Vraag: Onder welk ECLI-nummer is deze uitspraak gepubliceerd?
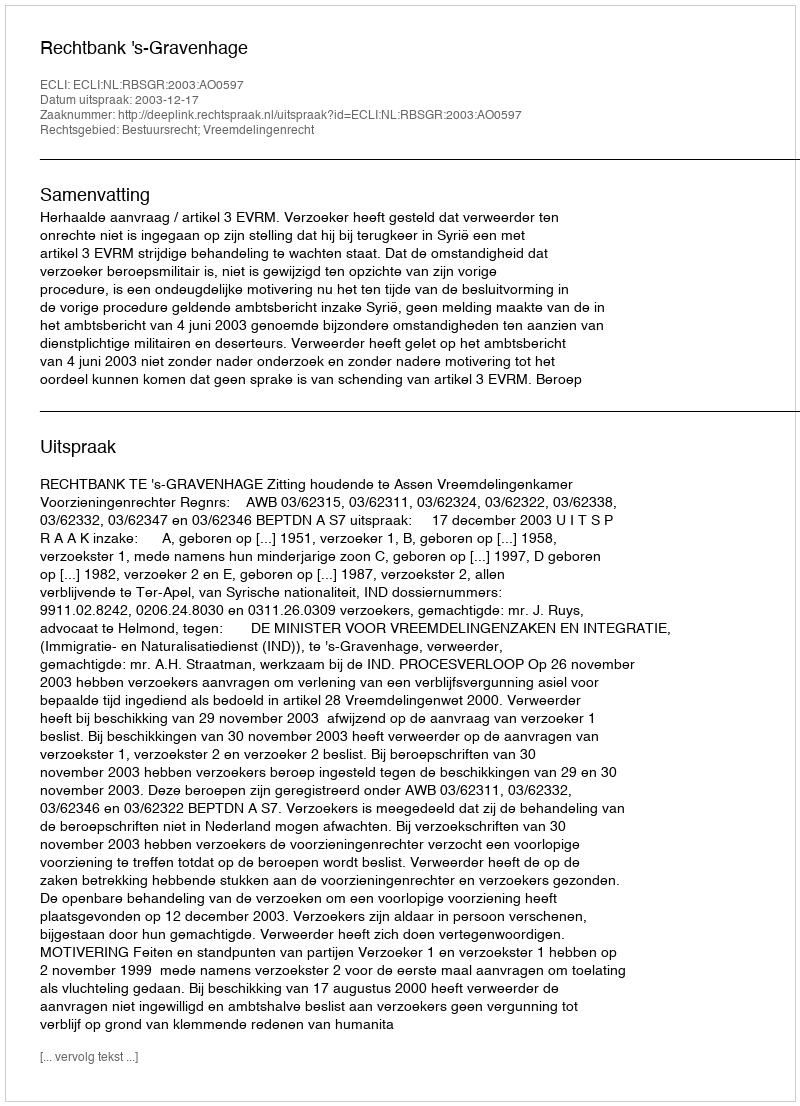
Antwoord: ECLI:NL:RBSGR:2003:AO0597